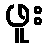
ဖူး